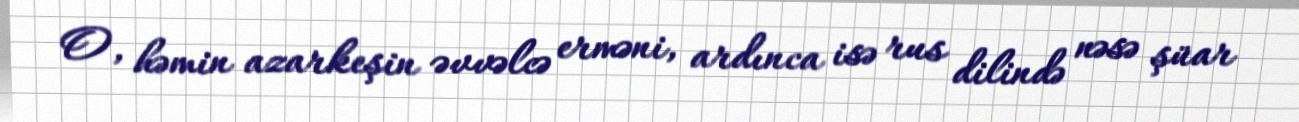
O, həmin azarkeşin əvvəlcə erməni, ardınca isə rus dilində nəsə şüar